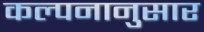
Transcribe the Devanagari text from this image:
कल्पनानुसार